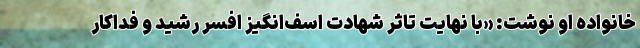
خانواده او نوشت: «با نهایت تاثر شهادت اسف‌انگیز افسر رشید و فداکار